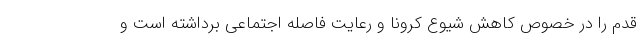
قدم را در خصوص کاهش شیوع کرونا و رعایت فاصله اجتماعی برداشته است و